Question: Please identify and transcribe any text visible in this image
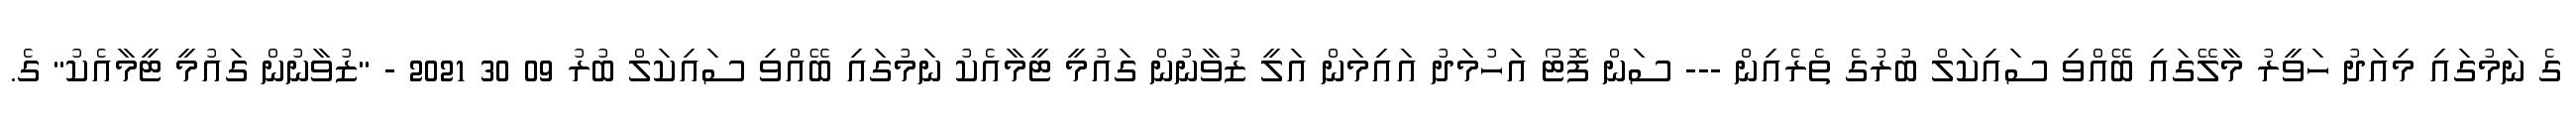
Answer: ގެ ނަމުގައި މިއަދު ހަވީރު މާލޭގައި ބޭއްވި ސައިކަލް ބުރުގެ ތެރެއިން --- ސަން ފޮޓޯ އަހުމަދު އައިމަން އަލީ ޒުވާނުން ގައުމީ ޓީމާއެކު ނަމުގައި ބޭއްވި ސައިކަލް ބުރު 09 30 2021 - "ޒުވާނުން ގައުމީ ޓީމާއެކު" ގެ.